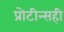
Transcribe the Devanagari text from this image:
प्रोटीन्सही